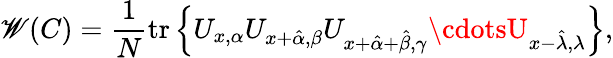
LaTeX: \mathscr{W}(C)=\frac{{1}}{{N}}\mathrm{{tr}}\left\{ U_{x,\alpha}U_{x+\hat{{\alpha}},\beta}U_{x+\hat{{\alpha}}+\hat{{\beta}},\gamma}\cdotsU_{x-\hat{{\lambda}},\lambda}\right\} ,